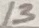
Text: 13